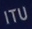
ITU